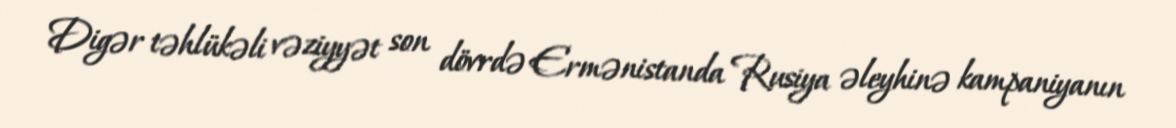
Digər təhlükəli vəziyyət son dövrdə Ermənistanda Rusiya əleyhinə kampaniyanın